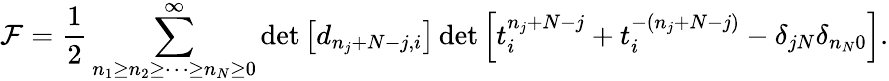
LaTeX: {\cal F}=\frac{1}{2}\sum_{n_{1}\geq n_{2}\geq\cdots\geq n_{N}\geq 0}^{\infty}\operatorname*{det}\left[d_{n_{j}+N-j,i}\right]\operatorname*{det}\left[t_{i}^{n_{j}+N-j}+t_{i}^{-(n_{j}+N-j)}-\delta_{jN}\delta_{n_{N}0}\right].